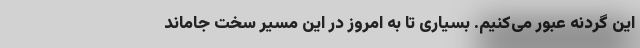
این گردنه عبور می‌کنیم. بسیاری تا به امروز در این مسیر سخت جاماند